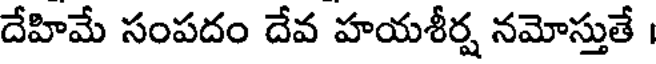
దేహిమే సంపదం దేవ హయశీర్ష నమోస్తుతే